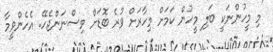
"މި މީހުންނަކީ ބަލި މީހުން ކަމަށް މިހާރަށް ވުރެ ބޮޑަށް ވިސްނަންޖެހޭ. އެހެންވީމާ